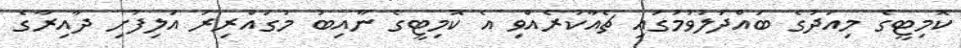
ކޮމިޓީގެ މިއަދުގެ ބައްދަލުވުމުގައި ޗެއާކުރެއްވި އެ ކޮމިޓީގެ ނާއިބު މުގައްރިރު އަލިފުށި ދާއިރާގެ